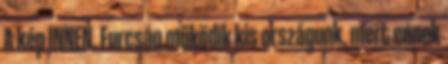
A kép INNEN. Furcsán működik kis országunk, mert ennek